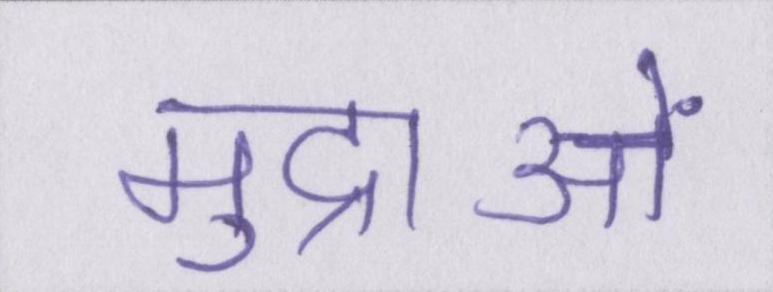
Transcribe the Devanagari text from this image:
मुद्राओं